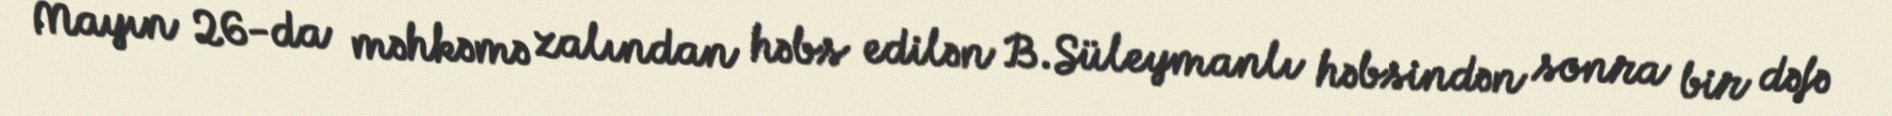
Mayın 26-da məhkəmə zalından həbs edilən B.Süleymanlı həbsindən sonra bir dəfə